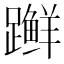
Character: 𫏨